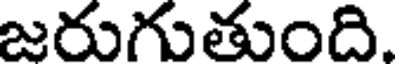
జరుగుతుంది.